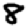
Digit: 8